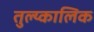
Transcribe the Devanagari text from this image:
तुल्य्कालिक